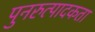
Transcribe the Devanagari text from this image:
पुनरुत्पादकता